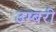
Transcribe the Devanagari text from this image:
उम्बरी